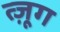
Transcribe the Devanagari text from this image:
त्ज़ूग